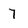
Character: 7